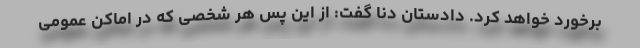
برخورد خواهد کرد. دادستان دنا گفت: از این پس هر شخصی که در اماکن عمومی